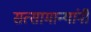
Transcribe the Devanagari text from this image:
सत्सामान्यांनी